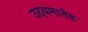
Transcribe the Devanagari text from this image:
उदयमार्तड